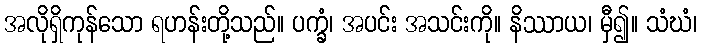
အလိုရှိကုန်သော ရဟန်းတို့သည်။ ပက္ခံ၊ အပင်း အသင်းကို။ နိဿာယ၊ မှီ၍။ သံဃံ၊